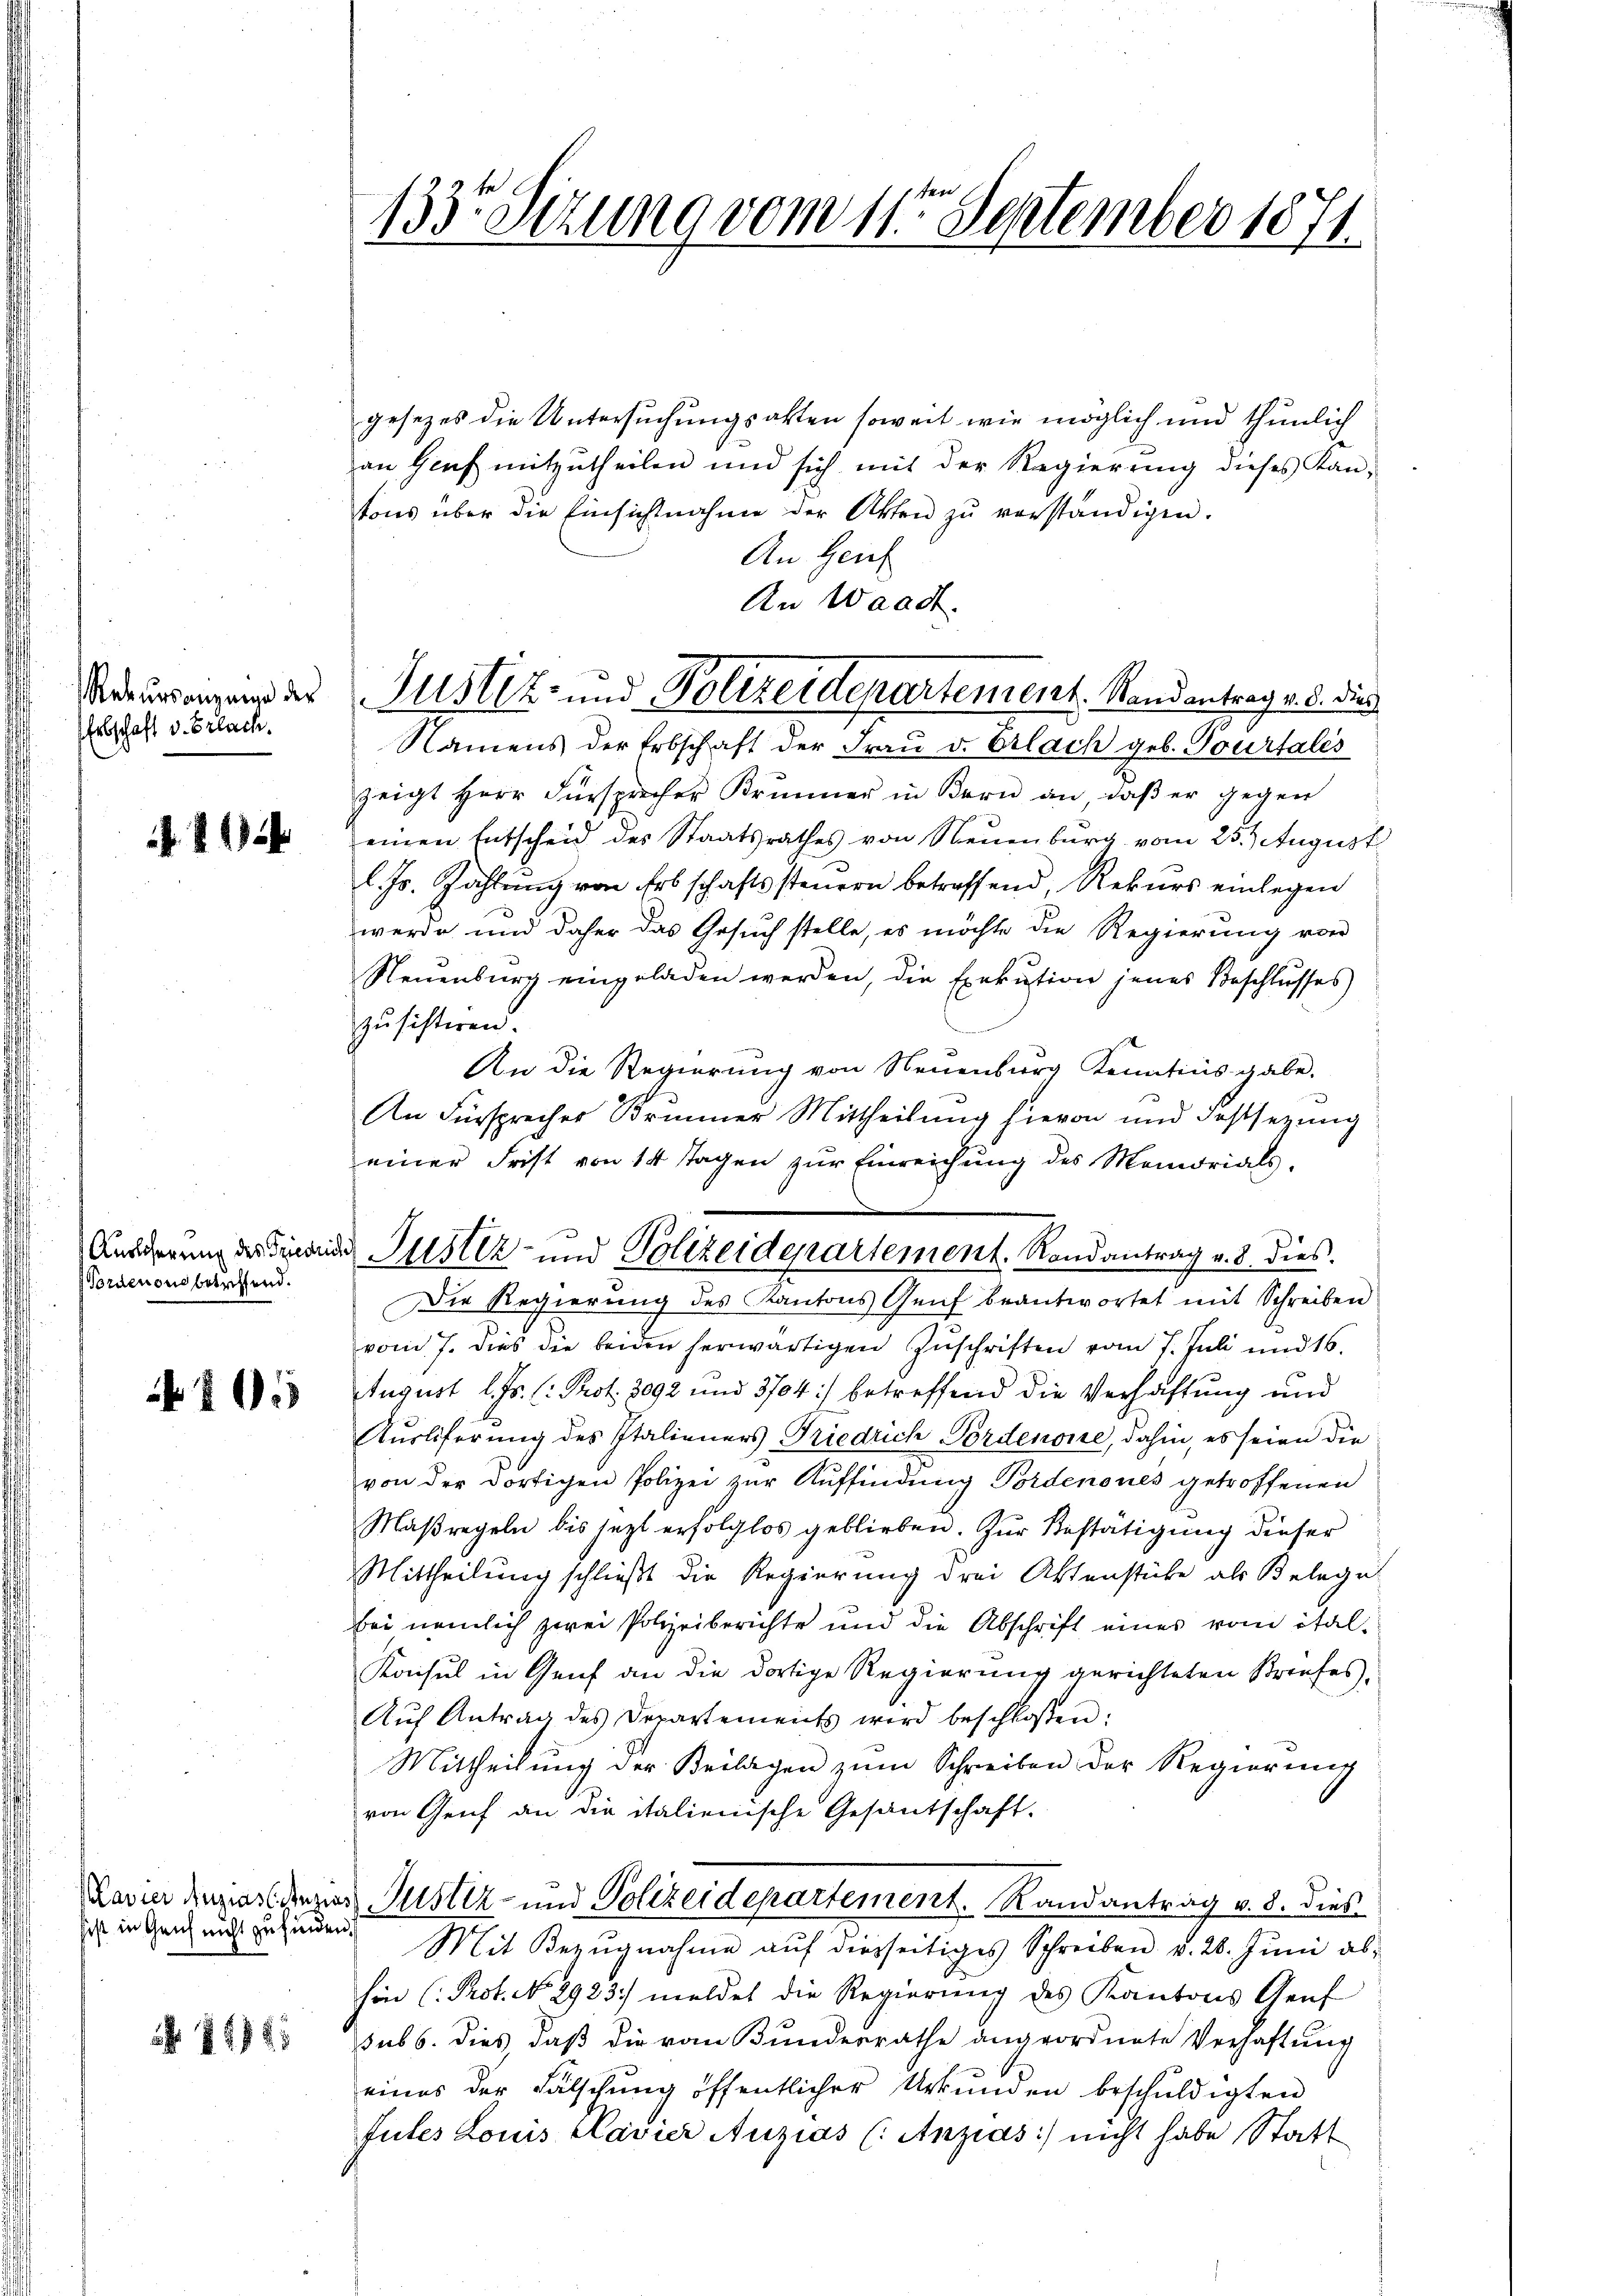
Rekursanzeige der
Erbschaft v. Erlach.

8

Auslicherung des Friedri
Bordenen betreffend.

205

Kavier Anzias Einzi
sist in Gerich nicht zu finden.

N 11845

133te Sitzung vom 11. September 1871.

gesezes die Untersuchungsakten soweit wie möglich und thunlich
an Genf mitzŭtheilen und sich mit der Regierŭng dieses Kan-
tons über die Einsichtnahme der Akten zŭ verständigen.
An Heut
An Waadt.
Namens der Erbschaft der Frau v. Erlach geb. Pourtales
zeigt Herr Fürsprecher Kränner in Bern an, daβ er gegen
einen Entscheid des Staatsrathes von Neuenburg vom 25.) August
l. Js. Zahlung von Erbschaftssteuern betreffend, Rekurs einlegen
werde und daher das Gesuch stelle, es möchte die Regierung von
Neuenburg eingeladen werden, die Exekution jenes Beschlusses
zusistiren.
An die Regierung von Neuenburg Kenntius gabe.
An Fürsprecher Brunner Mittheilung hievon und Festsezung
einer Frist von 14 Tagen zŭr Einreichŭng des Memorials,
Die Regierung des Kantons Genf beantwortet mit Schreiben
vom 7. dies die beiden herwärtigen Zŭschriften vom 7. Juli und 16.
August l. Js. (: Prot. 3092 und 3704) betreffend die Verhaftung und
Kurliferung des Italieners Friedrich Fordenone, dahin, es seien die
von der dortigen Polizei zur Auffindung Vordenones getroffenen
Maßregeln bis jezt erfolglos geblieben. Zur Bestätigung dieser
Mittheilung schließt die Regierung drei Aktenstücke als Beleget
bei nämlich zwei Polizeiberichte und die Abschrift eines vom ital-
Konsul in Genf an die dortige Regierung gerichteten Briefes,
Aŭf Antrag des Departements wird beschloßen:
Mittheilung der Beilagen zum Schreiben der Regierung
von Genf an die italienische Gesantschaft.
a Justiz- und Polizeidepartement. Randantrag v. 8. dies
Mit Bezŭgnahme aŭf diesseitiges Schreiben v. 28. Jŭni abhin (Prot. No 2923. meldet die Regierung des Kantons Genf
sub 6. dies daß die vom Bundesrathe angeordnete Verhaftŭng
eines der Fälschŭng öffentlicher Urkŭnden beschŭldigten
futes Louis Pavier Auzias (Anzias) nicht habe Statt

Justiz- und Polizeidepartement. Randantrag v. d. die

der Justiz- und Polizeidepartement. Randantrag v. 8. dies